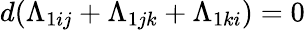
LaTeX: d(\Lambda_{1ij}+\Lambda_{1jk}+\Lambda_{1ki})=0